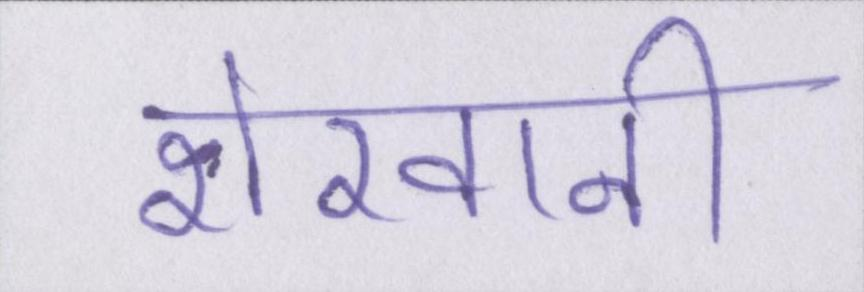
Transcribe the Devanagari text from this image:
शेरवानी